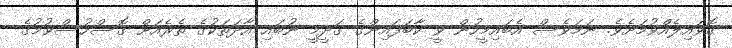
ގޮވައިލެއްވުމަށެވެ. ނަމަވެސް އެބައިމީހުން ވީ ކާބަފައިންގެ ގަދީމީ ނުބައި އާދަތަކުގެ ތެރެއަށް ގޮސްހުސްވުމުގެ